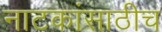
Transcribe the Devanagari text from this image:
नाटकांसाठीच